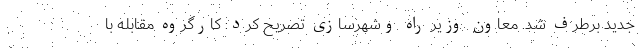
جدید برطرف شد. معاون وزیر راه وشهرسازی تصریح کرد: کارگروه مقابله با